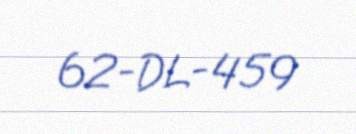
62-DL-459